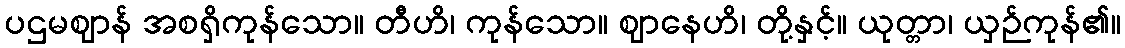
ပဌမဈာန် အစရှိကုန်သော။ တီဟိ၊ ကုန်သော။ ဈာနေဟိ၊ တို့နှင့်။ ယုတ္တာ၊ ယှဉ်ကုန်၏။